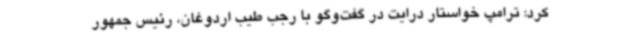
کرد: ترامپ خواستار درایت در گفت‌وگو با رجب طیب اردوغان، رئیس جمهور